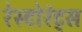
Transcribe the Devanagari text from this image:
रेस्टोरंट्स